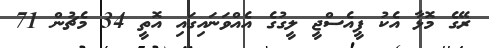
ރޭގެ މޮޅާ އެކު ޕީއެސްޖީ ލީގުގެ އެއްވަނައިގައި އޮތީ 34 މެޗުން 71